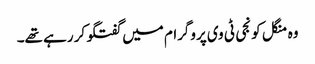
وہ منگل کو نجی ٹی وی پروگرام میں گفتگو کر رہے تھے۔